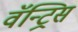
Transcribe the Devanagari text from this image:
वॅन्ट्रिस